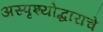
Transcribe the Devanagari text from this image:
अस्पृश्योद्धाराचे